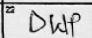
Transcription: DWP